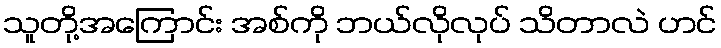
သူတို့အကြောင်း အစ်ကို ဘယ်လိုလုပ် သိတာလဲ ဟင်